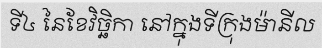
ទី៤ នៃខែវិច្ឆិកា នៅក្នុងទីក្រុងម៉ានីល